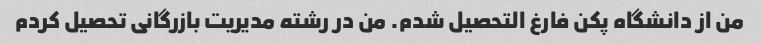
من از دانشگاه پکن فارغ التحصیل شدم. من در رشته مدیریت بازرگانی تحصیل کردم